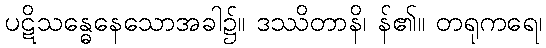
ပဋိသန္ဓေနေသောအခါ၌။ ဒဿိတာနိ၊ န်၏။ တရုကရေ၊